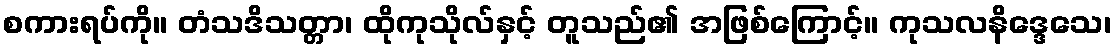
စကားရပ်ကို။ တံသဒိသတ္တာ၊ ထိုကုသိုလ်နှင့် တူသည်၏ အဖြစ်ကြောင့်။ ကုသလနိဒ္ဒေသေ၊